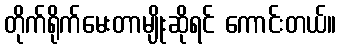
တိုက်ရိုက်မေးတာမျိုးဆိုရင် ကောင်းတယ်။